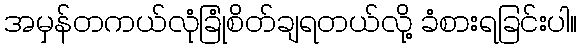
အမှန်တကယ်လုံခြုံစိတ်ချရတယ်လို့ ခံစားရခြင်းပါ။